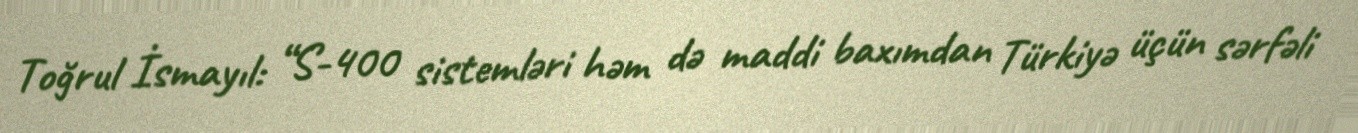
Toğrul İsmayıl: “S-400 sistemləri həm də maddi baxımdan Türkiyə üçün sərfəli